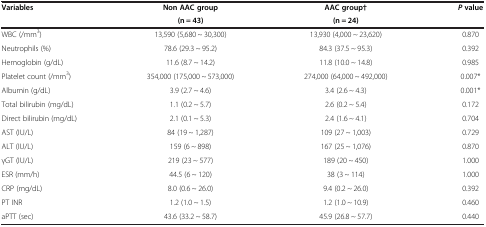
| <ROWSPAN=2> Variables | Non AAC group | AAC group† | <ROWSPAN=2> P value |
 | (n = 43) | (n = 24) |
 | --- | --- | --- | --- |
 | WBC (/mm3) | 13,590 (5,680 ~ 30,300) | 13,930 (4,000 ~ 23,620) | 0.870 |
 | Neutrophils (%) | 78.6 (29.3 ~ 95.2) | 84.3 (37.5 ~ 95.3) | 0.392 |
 | Hemoglobin (g/dL) | 11.6 (8.7 ~ 14.2) | 11.8 (10.0 ~ 14.8) | 0.985 |
 | Platelet count (/mm3) | 354,000 (175,000 ~ 573,000) | 274,000 (64,000 ~ 492,000) | 0.007* |
 | Albumin (g/dL) | 3.9 (2.7 ~ 4.6) | 3.4 (2.6 ~ 4.3) | 0.001* |
 | Total bilirubin (mg/dL) | 1.1 (0.2 ~ 5.7) | 2.6 (0.2 ~ 5.4) | 0.172 |
 | Direct bilirubin (mg/dL) | 2.1 (0.1 ~ 5.3) | 2.4 (1.6 ~ 4.1) | 0.704 |
 | AST (IU/L) | 84 (19 ~ 1,287) | 109 (27 ~ 1,003) | 0.729 |
 | ALT (IU/L) | 159 (6 ~ 898) | 167 (25 ~ 1,076) | 0.870 |
 | γGT (IU/L) | 219 (23 ~ 577) | 189 (20 ~ 450) | 1.000 |
 | ESR (mm/h) | 44.5 (6 ~ 120) | 38 (3 ~ 114) | 1.000 |
 | CRP (mg/dL) | 8.0 (0.6 ~ 26.0) | 9.4 (0.2 ~ 26.0) | 0.392 |
 | PT INR | 1.2 (1.0 ~ 1.5) | 1.2 (1.0 ~ 10.9) | 0.460 |
 | aPTT (sec) | 43.6 (33.2 ~ 58.7) | 45.9 (26.8 ~ 57.7) | 0.440 |